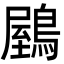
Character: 𪃮